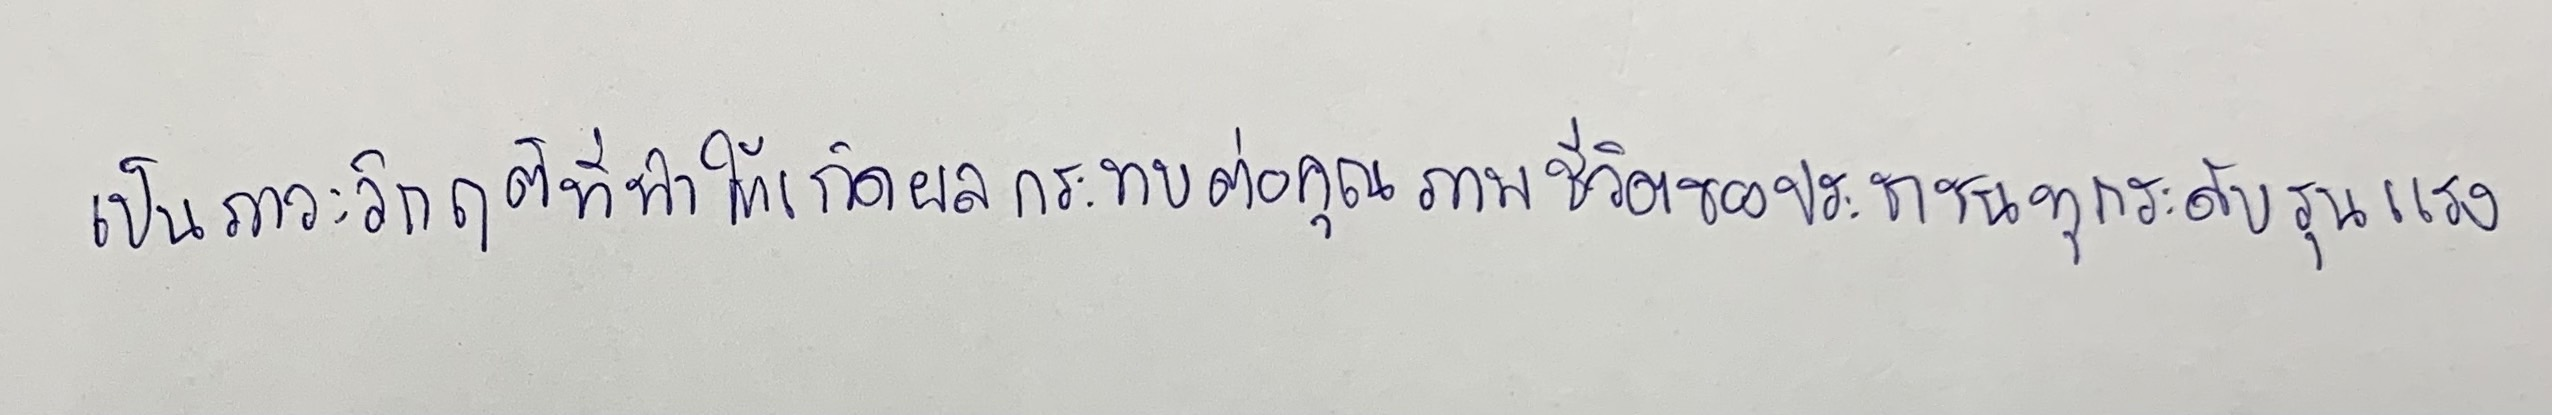
เป็นภาวะวิกฤติที่ทำให้เกิดผลกระทบต่อคุณภาพชีวิตของประชาชนทุกระดับอย่างรุนแรง